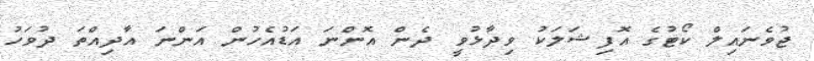
ޖުވެނައިލް ކޯޓުގެ އޮފިޝަލަކު ވިދާޅުވީ ދެން އޮންނަ އަޑުއެހުން އަންނަ އާދިއްތަ ދުވަހު